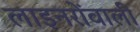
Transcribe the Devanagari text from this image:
लाइनरोंवाली